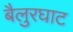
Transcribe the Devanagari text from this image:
बैलुरघाट